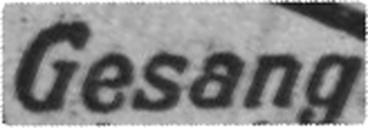
Gesang